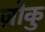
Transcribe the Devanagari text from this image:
ज़ोकु